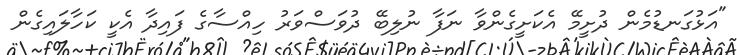
"އަޅުގަނޑުމެން ދުށީމޭ އެކަށީގެންވާ ނަފާ ނުލިބޭ ދުވަސްވަރު ހިއްސާގެ ފައިދާ އެކީ ކަހާލައިގެން